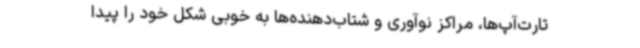
تارت‌آپ‌ها، مراکز نوآوری و شتاب‌دهنده‌ها به خوبی شکل خود را پیدا